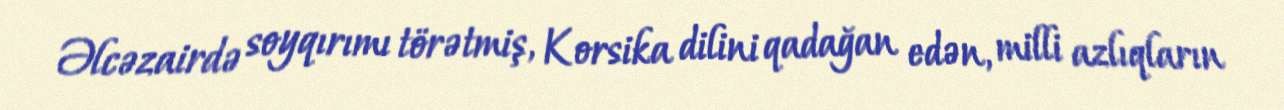
Əlcəzairdə soyqırımı törətmiş, Korsika dilini qadağan edən, milli azlıqların